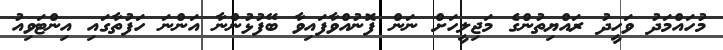
މުހައްމަދު ވަހީދު ރައްޔިތުންގެ މަޖިލީހަށް ނަން ފޮނުއްވާފައިވާ ބޭފުޅުންނާ އަންނަ ހަފުތާގައި އިންޓަވިއު